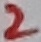
Text: 2